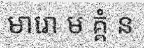
មារោ ម គ្គំ ន